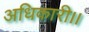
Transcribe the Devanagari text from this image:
अधिकारी।।